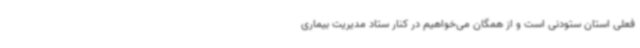
فعلی استان ستودنی است و از همگان می‌خواهیم در کنار ستاد مدیریت بیماری